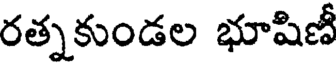
రత్నకుండల భూషిణీ